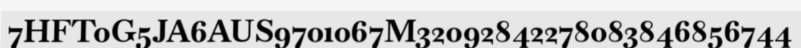
7HFT0G5JA6AUS9701067M32092842278083846856744